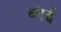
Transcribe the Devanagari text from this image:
ब्नेई